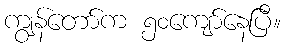
ကျွန်တော်က ၅၀ကျော်နေပြီ။